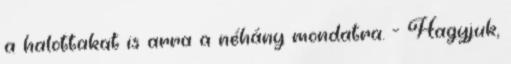
a halottakat is arra a néhány mondatra. - Hagyjuk,